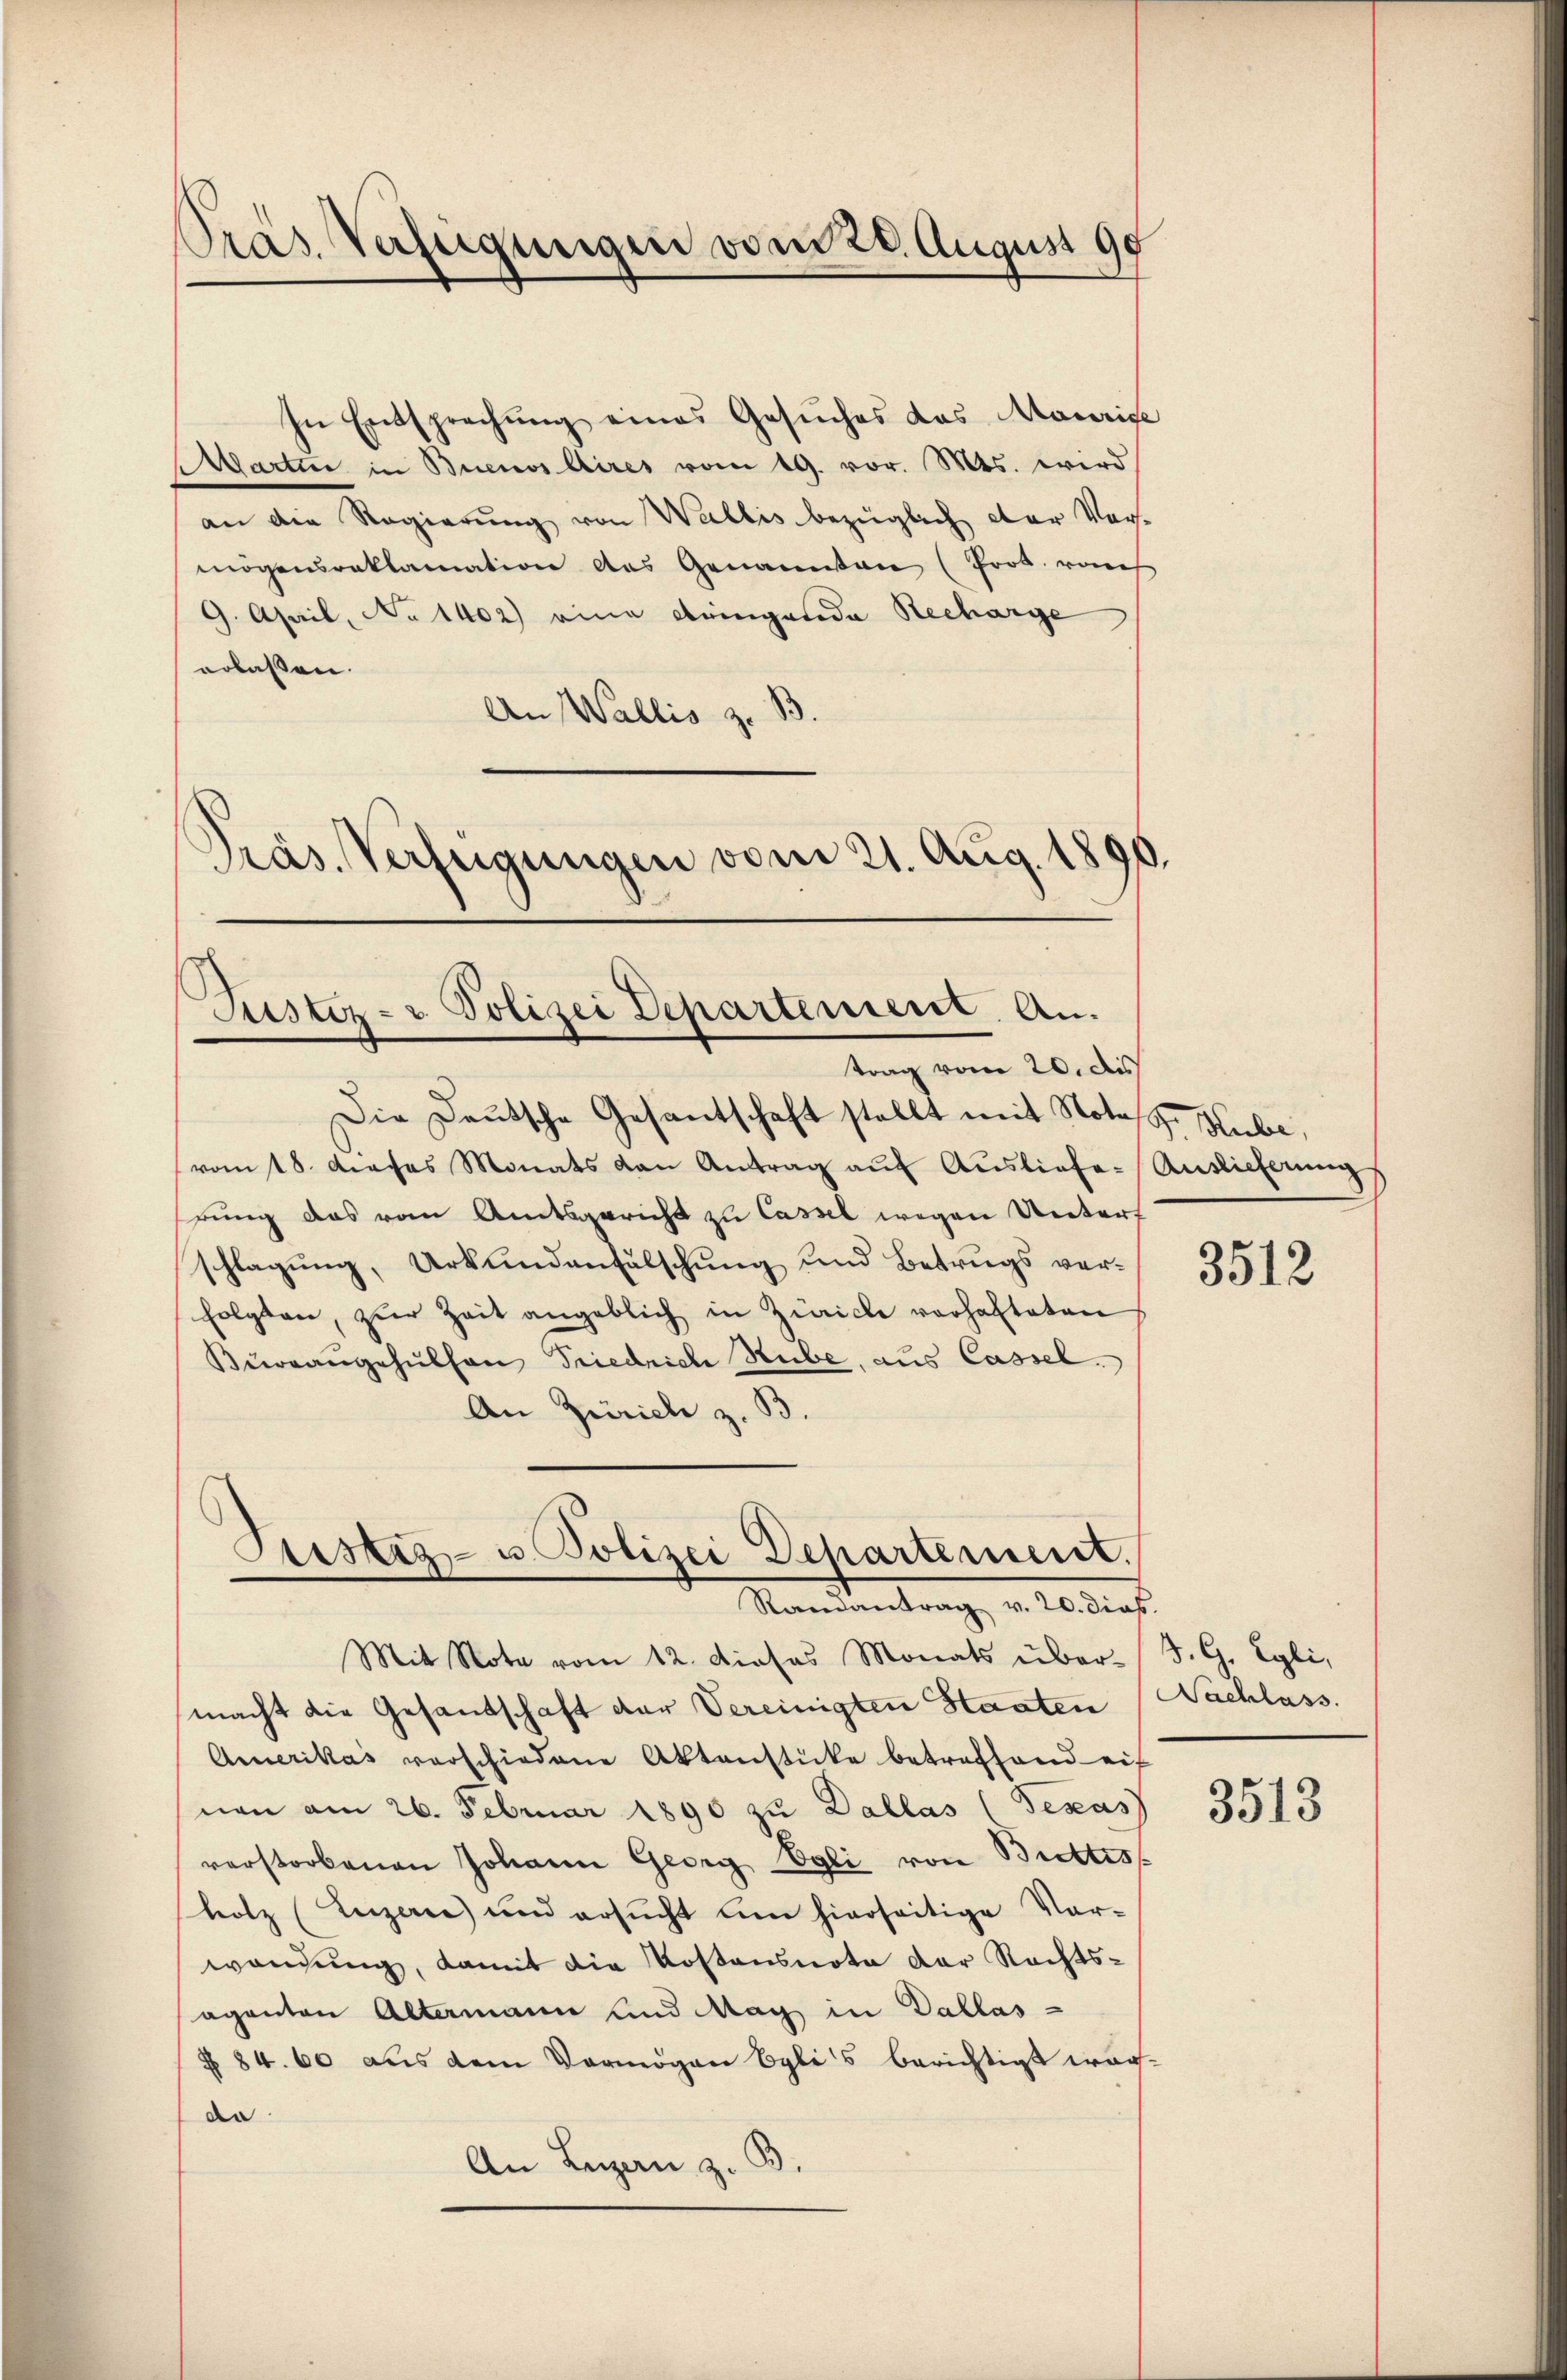
Pras. Verzeigungen vom 28. August 90

In Entsprechung eines Gesuches das Maurige
Ergarten in Buenos Aires vom 19. vor. Mts. wird
an die Regierung von Wallis bezüglich der Ver-
mögensreklamation des Genannten (Prot. rauch
9. April, No 1402) eine dringarda Recharge
erlassen.
An Wallis z. B.
Präs. Verfügungen vom 21. Aug. 189

Justiz- & Polizei Departement. An
trag vom 20. des

Die Deutsche Gesantschaft stellt mit Notar Hube,
(vom 18. Daches Monats von Antrag aŭf Aŭsliefe-Auslieferung
rung das vom Amtsgericht zu Cassel wegen Untert
schlagung, Urkundenfälschung und Betrugs verfolgten, zŭr Zeit angeblich in Zürich vorhafteten
Bürrangehulhen Friedrich Stube, aus Cassel.
An Zürich z. B.

Mit Note vom 12. Dieses Monats über-
macht die Gesandschaft der Vereinigten Staaten
Amerikas verschiedene Aktenstücke betreffend eif
nen am 26. Februar 1890 zu Dallas (Texas
verstorbenen Johann Georg Egli von Brettes
hotz (Luzerne und ersŭcht um hierseitige Vor-
wendung, damit die Kostensnote der Rechts-
aganton Altermann und Mag in Dallas-
§ 84. 60 aus dem Vermögen byli's berichtigt war.
de
An Luzan z.

Justiz- u. Polizei Departement.
Randantrag v. 20. dies

3512

J. G. Egli,
Nachlass.

3513